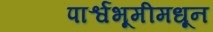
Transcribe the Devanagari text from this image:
पार्श्वभूमीमधून